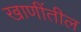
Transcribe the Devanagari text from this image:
खाणींतील